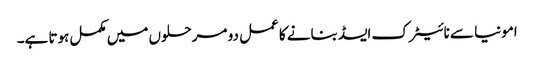
امونیا سے نائیٹرک ایسڈ بنانے کا عمل دو مرحلوں میں مکمل ہوتا ہے۔